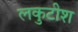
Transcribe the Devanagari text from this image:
लकुटीश